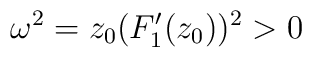
\omega^2 = z_0(F^{\prime}_1(z_0))^2 > 0